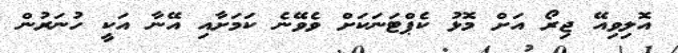
އޮލިވިއޭ ޖިރޯ އަށް މޮޅު ކެޕްޓަނަކަށް ވެވޭނެ ކަމަށާއި އޭނާ އަކީ ހުނަރުން